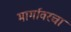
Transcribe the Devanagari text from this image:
मार्गावरचा